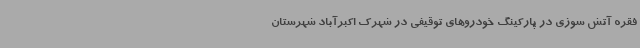
فقره آتش سوزی در پارکینگ خودروهای توقیفی در شهرک اکبرآباد شهرستان